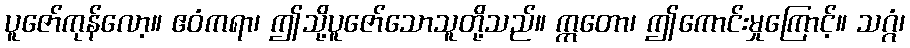
ပူဇော်ကုန်လော့။ ဧဝံကရာ၊ ဤသို့ပူဇော်သောသူတို့သည်။ ဣတော၊ ဤကောင်းမှုကြောင့်။ သဂ္ဂံ၊